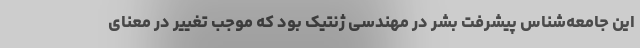
این جامعه‌شناس پیشرفت بشر در مهندسی ژنتیک بود که موجب تغییر در معنای